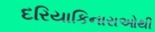
દરિયાકિનારાઓથી